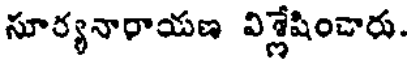
సూర్యనారాయణ విశ్లేషించారు.